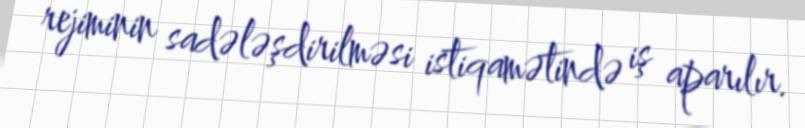
rejiminin sadələşdirilməsi istiqamətində iş aparılır.